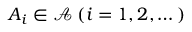
A _ { i } \in { \mathcal { A } } \; ( i = 1 , 2 , \dotsc )